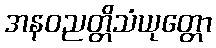
အနဝညတ္တိသံယုတ္တော